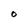
Character: O